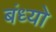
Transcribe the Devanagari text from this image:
बंध्यो